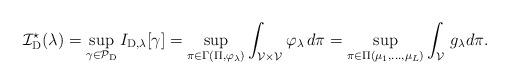
LaTeX: \begin{align*}\mathcal{I}_{\mathrm{D} }^\star (\lambda) = \sup_{\gamma \in \mathcal{P}_{\mathrm{D}} } I_{\mathrm{D}, \lambda}[\gamma] = \sup_{\pi \in \Gamma(\Pi, \varphi_\lambda ) } \int_{\mathcal{V} \times \mathcal{V} } \varphi_\lambda \, d\pi = \sup_{\pi \in \Pi(\mu_1, \ldots, \mu_L)} \int_{\mathcal{V} } \, g_\lambda d\pi. \end{align*}